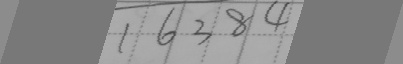
1 6 3 8 4